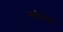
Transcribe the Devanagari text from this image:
सावेतस